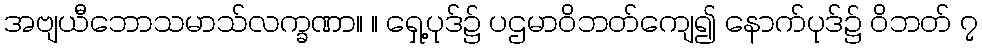
အဗျယီဘောသမာသ်လက္ခဏာ။ ။ ရှေ့ပုဒ်၌ ပဌမာဝိဘတ်ကျေ၍ နောက်ပုဒ်၌ ဝိဘတ် ၇